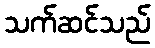
သက်ဆင်သည်